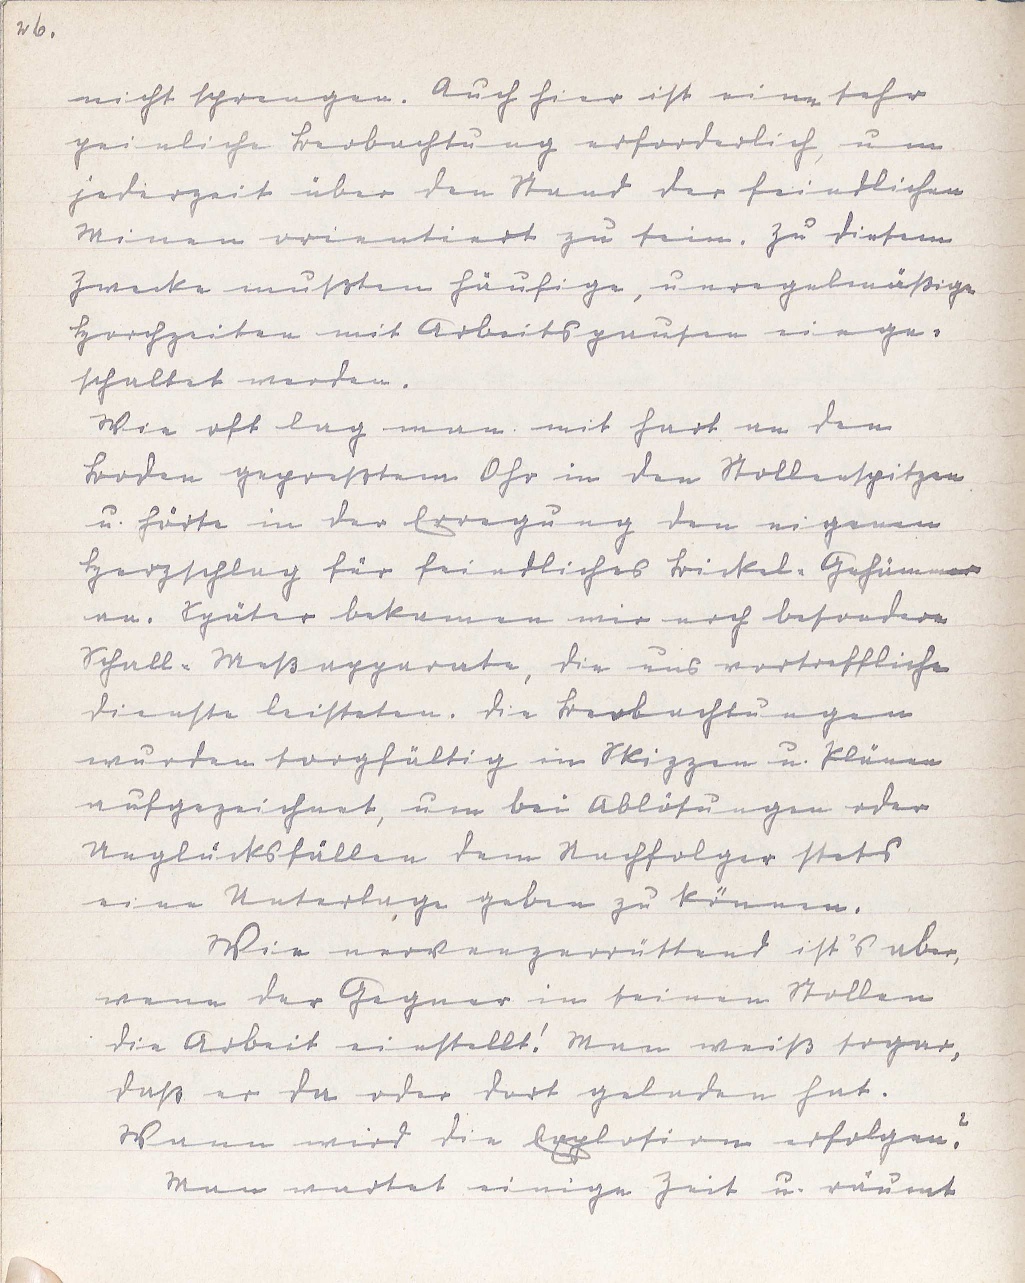
26.
nicht sprengen. Auch hier ist eine sehr
peinliche Beobachtung erforderlich, um
jederzeit über den Stand der feindlichen
Minen orientiert zu sein. Zu diesem
Zwecke mußten häufige, unregelmäßige
Horchzeiten mit Arbeitspausen einge¬
schaltet werden.
Wie oft lag man mit hart an den
Boden gepreßtem Ohr in den Stollenspitzen
u. hörte in der Erregung den eigenen
Herzschlag für feindliches Bickel-Gehämmer
an. Später bekamen wir noch besondere
Schall-Meßapparate, die uns vortreffliche
Dienste leisteten. Die Beobachtungen
wurden sorgfältig in Skizzen u. Plänen
aufgezeichnet, um bei Ablösungen oder
Unglücksfällen dem Nachfolger stets
eine Unterlage geben zu können.
Wie nervenzerrüttend ist's aber,
wenn der Gegner in seinen Stollen
die Arbeit einstellt! Man weiß sogar,
daß er da oder dort geladen hat.
Wann wird die Explosion erfolgen?
Man wartet einige Zeit u. räumt